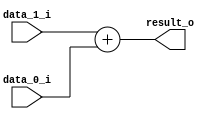
/******************************************************************
* Description
*	This is a  an adder that can be parameterized in its bit-width.
*	1.0
* Author:
*	Dr. Jos Luis Pizano Escalante
* email:
*	luispizano@iteso.mx
* Date:
*	05/07/2020
******************************************************************/

module Adder
#
(
	parameter N_BITS = 32
)
(
	input [N_BITS-1:0] data_0_i,
	input [N_BITS-1:0] data_1_i,
	
	output [N_BITS-1:0] result_o
);

assign result_o = data_1_i + data_0_i;


endmodule